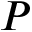
P